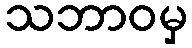
သဘာဝမှ